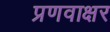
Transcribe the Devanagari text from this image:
प्रणवाक्षर